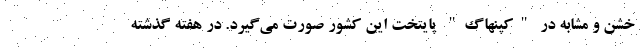
خشن و مشابه در "کپنهاگ" پایتخت این کشور صورت می‌گیرد. در هفته گذشته